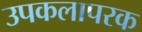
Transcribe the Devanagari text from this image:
उपकलापरक